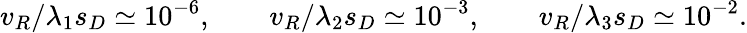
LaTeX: v_{R}/{\lambda_{1}s_{D}}\simeq 10^{-6},\qquad v_{R}/{\lambda_{2}s_{D}}\simeq 10^{-3},\qquad v_{R}/{\lambda_{3}s_{D}}\simeq 10^{-2}.